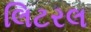
લિટરલ